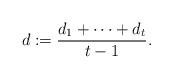
LaTeX: \begin{align*} d := \frac{d_1 + \cdots + d_t}{t-1}. \end{align*}